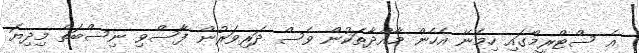
އެ ސްޓްރީމްގައި ހިމެނޭ އެހެން މާއްދާތަކުން ވެސް ދަރިވަރުން ފާސްވި ނިސްބަތް މިދިޔަ